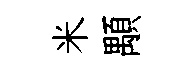
米顒